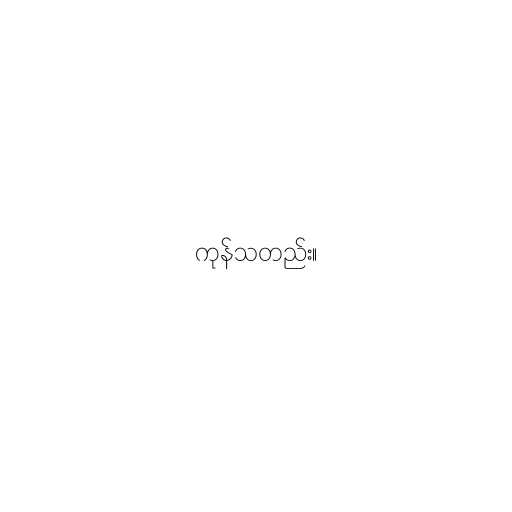
ကုန်သတည်း။